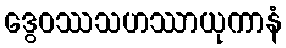
ဒွေဝဿသဟဿာယုကာနံ